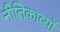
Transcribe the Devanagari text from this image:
नीतिकाव्यों